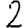
Digit: 2